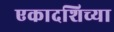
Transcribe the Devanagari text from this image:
एकादशिच्या